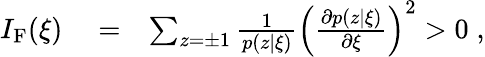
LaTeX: \begin{array}{rlr}{I_{\mathrm{F}}(\xi)}&{{}=}&{\sum_{z=\pm 1}\frac{1}{p(z|\xi)}\left(\frac{\partial p(z|\xi)}{\partial\xi}\right)^{2}>0\; ,}\end{array}